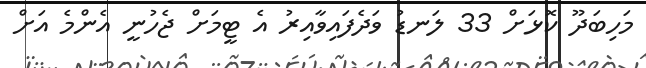
މަހިބަދޫ ކޮޅަށް 33 ލަނޑު ވަދެފައިވާއިރު އެ ޓީމަށް ޖެހުނީ އެންމެ އަށް